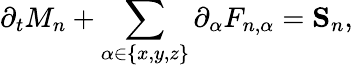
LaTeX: \partial_{t}M_{n}+\sum_{\alpha\in\{ x,y,z\} }\partial_{\alpha}F_{n,\alpha}=\mathbf{S}_{n},